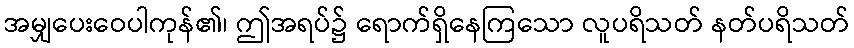
အမျှပေးဝေပါကုန်၏၊ ဤအရပ်၌ ရောက်ရှိနေကြသော လူပရိသတ် နတ်ပရိသတ်